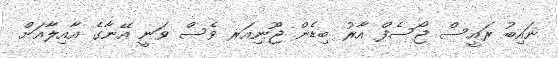
ނައިބު ރައީސް ޖޯސެފް އާރު ބިޑެން ޖޫނިއަރ ވެސް ވަނީ އޭނާގެ އާއިލާއަށް